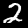
Digit: 2